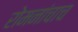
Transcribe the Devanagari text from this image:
रोमनांचाच